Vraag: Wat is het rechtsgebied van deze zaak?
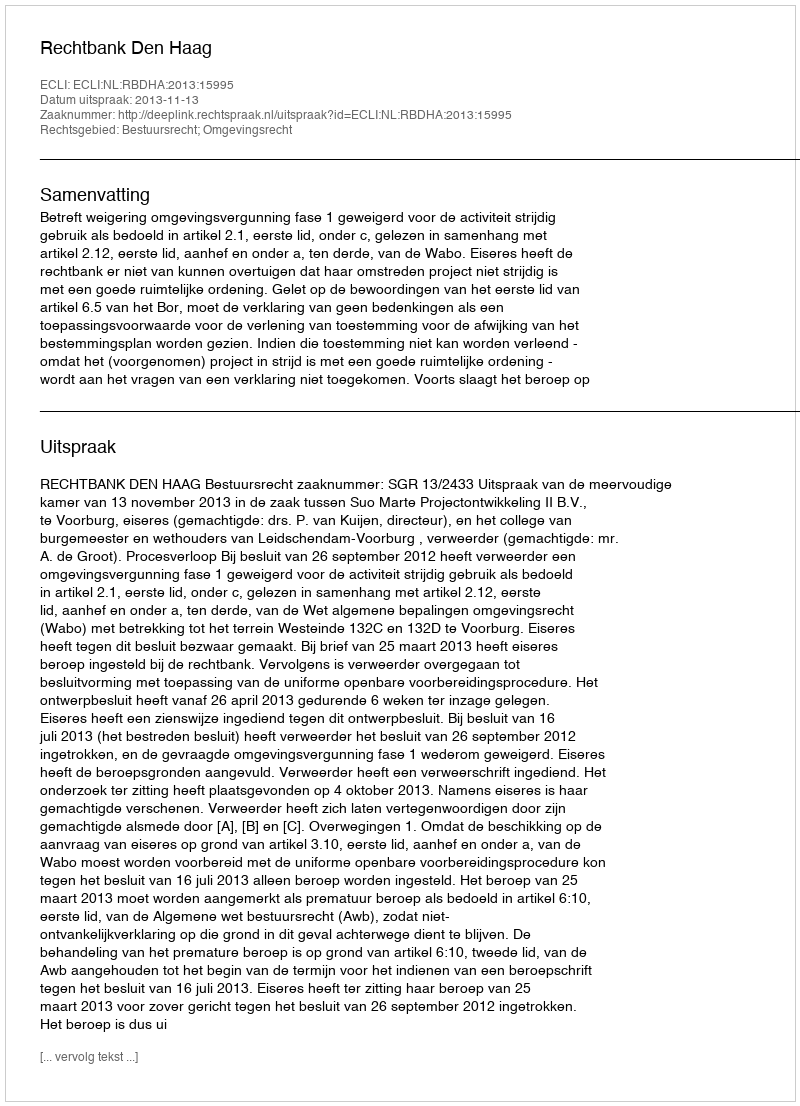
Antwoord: Bestuursrecht; Omgevingsrecht